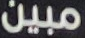
مبين